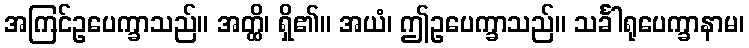
အကြင်ဥပေက္ခာသည်။ အတ္ထိ၊ ရှိ၏။ အယံ၊ ဤဥပေက္ခာသည်။ သင်္ခါရုပေက္ခာနာမ၊